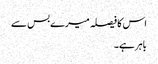
اس کا فیصلہ میرے بس سے
باہر ہے۔